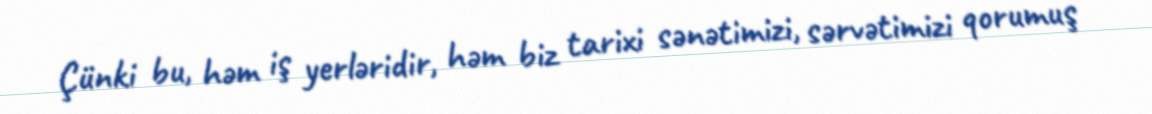
Çünki bu, həm iş yerləridir, həm biz tarixi sənətimizi, sərvətimizi qorumuş